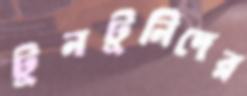
টুনটুনিদের